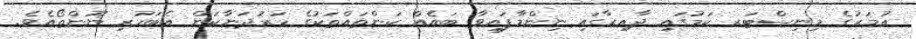
ޢުމަރުގެ މިނިސްޓަރ ކަމުގައި ދާއިރާގައި ނިންމާފައިވާ ބައެއް ކަންތައްތަކުގެ ހަރުދަނާކަން އެބަހުރި ނޫންތޯއެވެ.